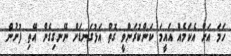
ހަމަ އަށް އެކަމެއް އައީމަ ކަންކުރަންވީ ގޮތް އަޅުގަނޑަށް ނޭނގިގެން އޭތި ފުށުން